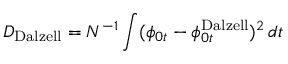
D _ { \mathrm { { D a l z e l l } } } = N ^ { - 1 } \int ( \phi _ { 0 t } - \phi _ { 0 t } ^ { \mathrm { { D a l z e l l } } } ) ^ { 2 } \, d t